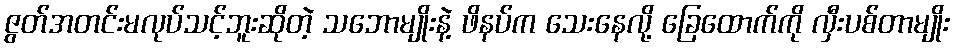
ဇွတ်အတင်းမလုပ်သင့်ဘူးဆိုတဲ့ သဘောမျိုးနဲ့ ဖိနပ်က သေးနေလို့ ခြေထောက်ကို လှီးပစ်တာမျိုး